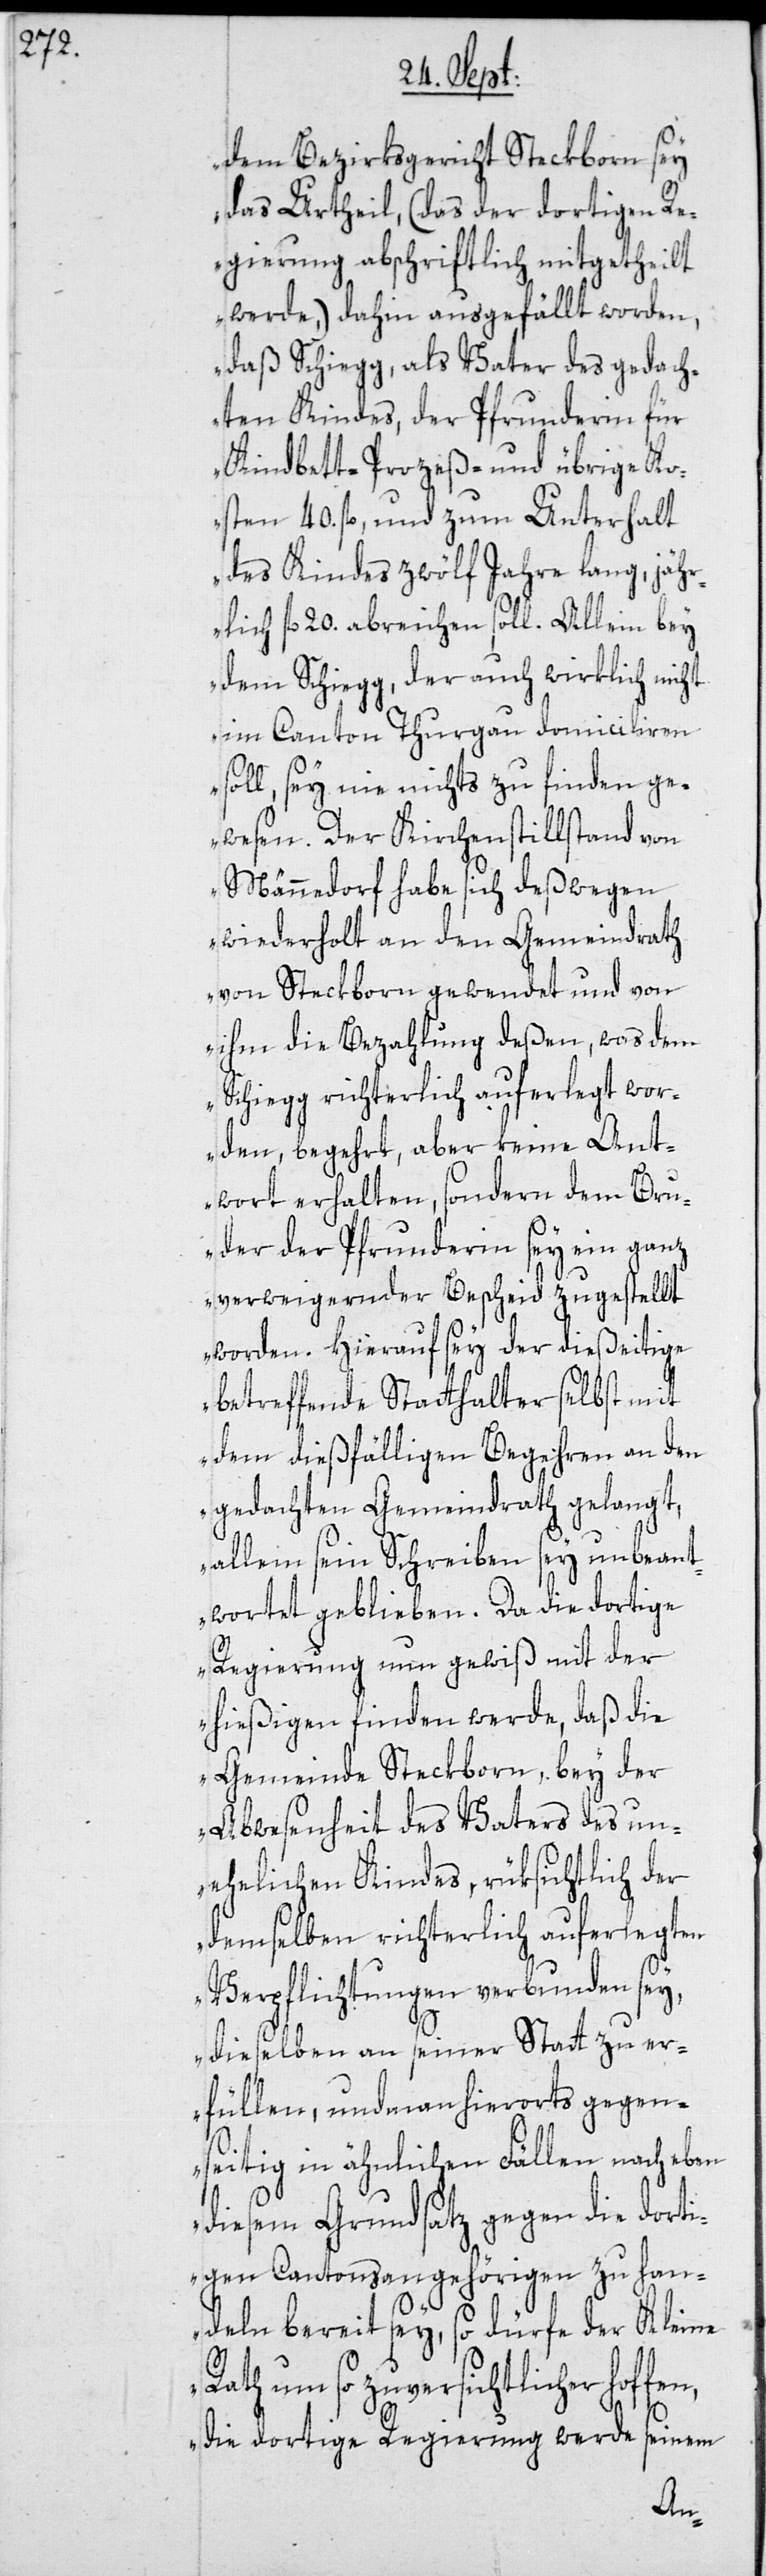
dem Bezirksgericht Steckborn sey
das Urtheil, (das der dortigen Re¬
gierung abschriftlich mitgetheilt
werde), dahin ausgefällt worden,
daß Schiegg, als Vater des gedach¬
ten Kindes, der Pfrunderin für
Kindbett-[,] Prozeß- und übrige Ko¬
sten 40. fl., und zum Unterhalt
des Kindes zwölf Jahre lang, jähr¬
lich fl 20. abreichen soll. Allein bey
dem Schiegg, der auch wirklich nicht
im Canton Thurgau domicilieren
soll, sey nie nichts zu finden ge¬
wesen. Der Kirchenstillstand von
Männedorf habe sich deßwegen
wiederholt an den Gemeindrath
von Steckborn gewendet und von
ihm die Bezahlung deßen, was dem
Schiegg richterlich auferlegt wor¬
den, begehrt, aber keine Ant¬
wort erhalten, sondern dem Bru¬
der der Pfrunderin sey ein ganz
verweigernder Bescheid zugestellt
worden. Hierauf sey der dießeitige
betreffende Statthalter selbst mit
dem dießfälligen Begehren an den
gedachten Gemeindrath gelangt,
allein sein Schreiben sey unbeant¬
wortet geblieben. Da die dortige
Regierung nun gewiß mit der
hießigen finden werde, daß die
Gemeinde Steckborn, bey der
Abwesenheit des Vaters des un¬
ehelichen Kindes, rüksichtlich der
demselben richterlich auferlegten
Verpflichtungen verbunden sey,
dieselben an seiner Statt zu er¬
füllen, und man hierorts gegen¬
seitig in ähnlichen Fällen nach eben
diesem Grundsatz gegen die dorti¬
gen Cantonsangehörigen zu han¬
deln bereit sey, so dürfe der Kleine
Rath um so zuversichtlicher hoffen,
die dortige Regierung werde seinem